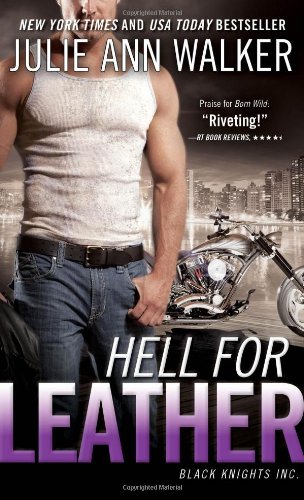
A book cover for Hell for Leather: High-octane and captivating romantic suspense (Black Knights Inc.); Julie Ann Walker; Romance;